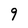
Character: 9